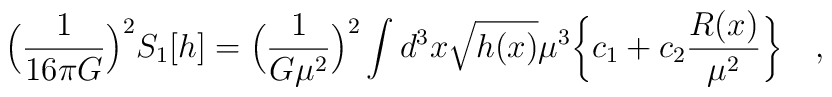
\Bigl( \frac{1}{16 \pi G } \Bigr)^2 S_1[h] =  \Bigl( \frac{1}{ G\mu^2} \Bigr)^2\int d^3x \sqrt{h(x)} \mu^3  \biggl\{ c_1 +c_2 \frac{R(x)}{\mu^2} \biggr\} ~~~ ,